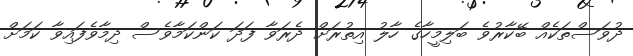
ދުވަސްތަކެއް ބޭކާރުވެ ބަލިމީހާގެ ހާލު އިތުރަށް ދެރަވާ ފަދަ ކަންކަމާވެސް ދިމާވެފައިވާ ކަމަށް